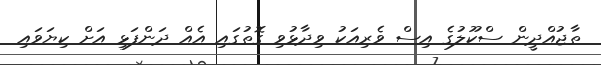
ތާޖުއްދީން ސްކޫލުގެ އިސް ވެރިއަކު ވިދާޅުވި ގޮތުގައި އެއް ދަންފަޅި އަށް ކިޔަވައި